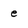
Character: e